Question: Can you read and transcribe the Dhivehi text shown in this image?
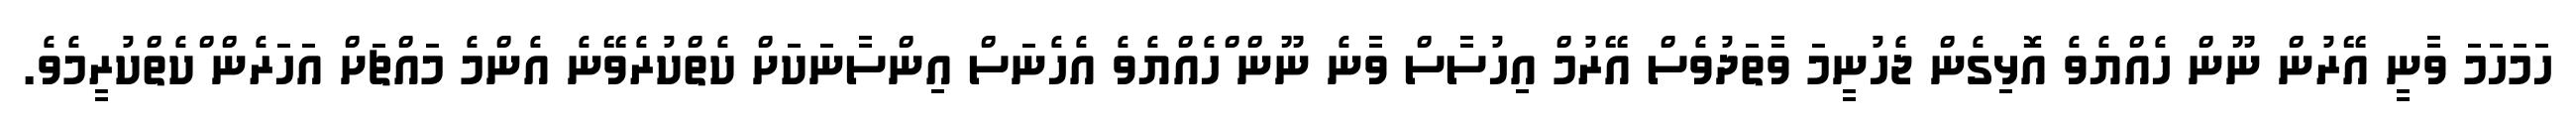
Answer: ހަމަހަމަ ވާނީ އޭރުން ނޫން ހެއްޔެވެ އޮޅިގެން ޖެހުނީމަ ވާތަދުވެސް އޭރުމް އިހުސާސް ވާނެ ނޫން ްހެއްޔެވެ އެހެނަސް އިންސާނަކަށް ކެތްކުރެވޭނެ އެންމެ މައްޗަށް އަހަރެން ްކެތްކުރީމެވެ.